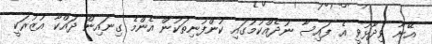
އޭނާ ވިދާޅުވީ އެ ފައިސާ ނުދެއްކުމުގައި ކުންފުނިތަކުން އެންމެ ގިނައިން ދައްކާ އުޒުރަކީ